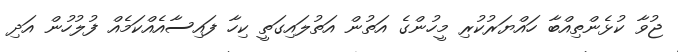
ޖުވާ ކުޅެންތިއްބާ ހައްޔަރުކުރި މީހުންގެ އަތުން އަތުލައިގަތީ ކިހާ ފައިސާއެއްކަމެއް ފުލުހުން އަދި